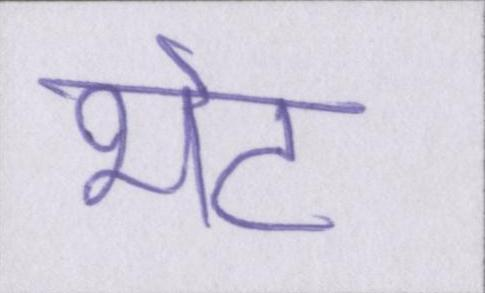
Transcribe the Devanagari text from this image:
भेट